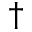
^ { \dagger }